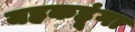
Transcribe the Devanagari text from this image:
यहकहूंगा